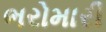
ભરોમારી